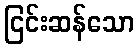
ငြင်းဆန်သော